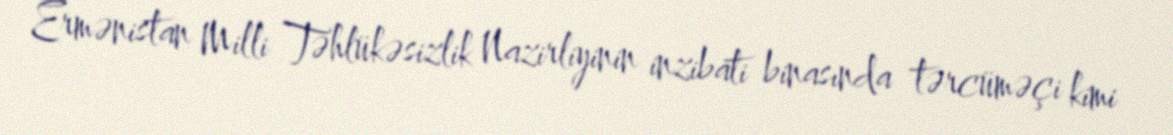
Ermənistan Milli Təhlükəsizlik Nazirliyinin inzibati binasında tərcüməçi kimi